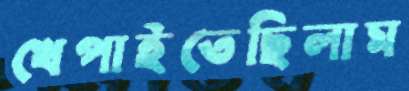
খেপাইতেছিলাম